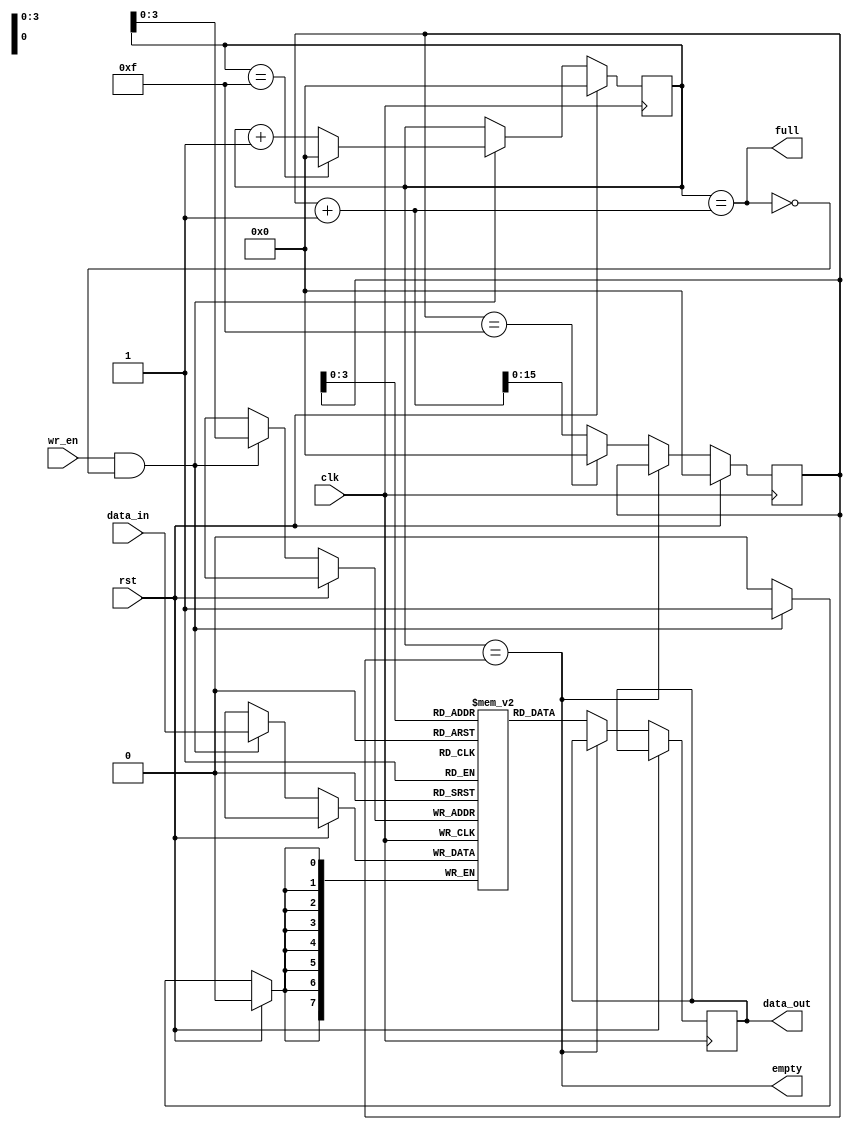
module parametrizable_fifo
#(
  parameter DATA_WIDTH = 8,
  parameter DEPTH = 16
)
(
  input wire clk,
  input wire rst,
  input wire wr_en,
  input wire [DATA_WIDTH-1:0] data_in,
  output wire [DATA_WIDTH-1:0] data_out,
  output wire full,
  output wire empty
);

reg [DATA_WIDTH-1:0] fifo [0:DEPTH-1];
reg [DEPTH-1:0] wr_ptr, rd_ptr;

assign full = (wr_ptr == (rd_ptr + 1));
assign empty = (wr_ptr == rd_ptr);

always @(posedge clk) begin
  if (rst) begin
    wr_ptr <= 0;
    rd_ptr <= 0;
  end else begin
    if (wr_en && !full) begin
      fifo[wr_ptr] <= data_in;
      wr_ptr <= (wr_ptr == DEPTH-1) ? 0 : wr_ptr + 1;
    end
    if (!empty) begin
      data_out <= fifo[rd_ptr];
      rd_ptr <= (rd_ptr == DEPTH-1) ? 0 : rd_ptr + 1;
    end
  end
end

endmodule